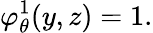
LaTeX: \varphi_{\theta}^{1}(y,z)=1.